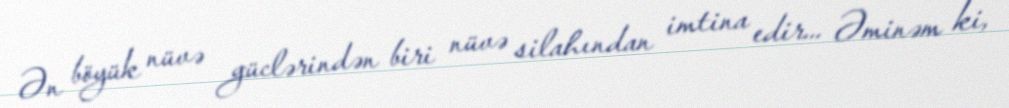
Ən böyük nüvə güclərindən biri nüvə silahından imtina edir... Əminəm ki,